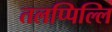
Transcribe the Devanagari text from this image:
तलप्पिल्लि